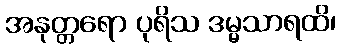
အနုတ္တရော ပုရိသ ဒမ္မသာရထိ၊